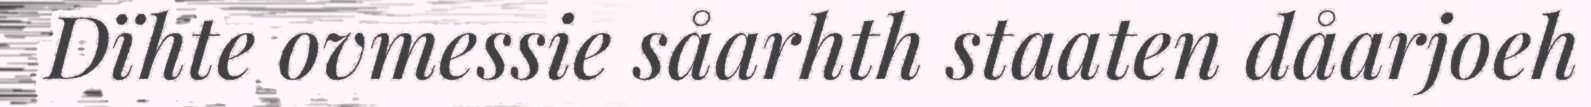
Dïhte ovmessie såarhth staaten dåarjoeh